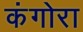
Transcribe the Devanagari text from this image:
कंगोरा